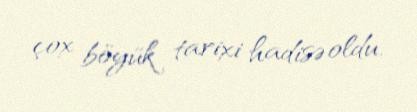
çox böyük tarixi hadisə oldu.